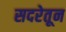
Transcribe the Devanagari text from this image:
सदरेतून